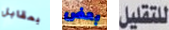
بمقابل بعض للتقليل